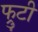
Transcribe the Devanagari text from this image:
फ्रुटी